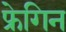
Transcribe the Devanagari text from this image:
फ्रेगिन